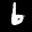
Label: 6